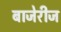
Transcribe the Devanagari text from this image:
बाजेरीज